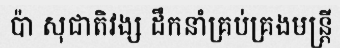
ប៉ា សុជាតិវង្ស ដឹកនាំគ្រប់គ្រងមន្ត្រី